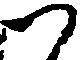
つ